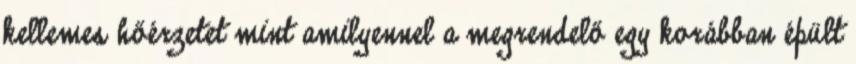
kellemes hőérzetet mint amilyennel a megrendelő egy korábban épült